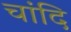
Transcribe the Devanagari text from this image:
चांदि